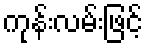
ကုန်းလမ်းဖြင့်